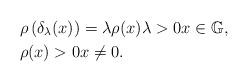
LaTeX: \begin{align*}& \rho\left( \delta_{\lambda} (x) \right) = \lambda \rho(x) \lambda >0 x \in \mathbb{G},\\& \rho(x) >0 x\not=0.\end{align*}